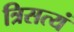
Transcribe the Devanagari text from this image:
त्रिसत्यं